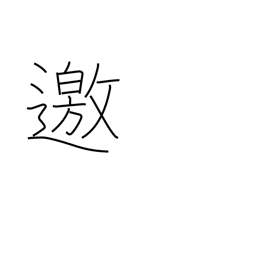
Meaning: go to meet